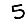
Digit: 5